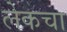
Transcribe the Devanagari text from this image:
लेकचा